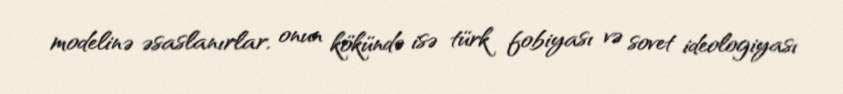
modelinə əsaslanırlar, onun kökündə isə türk fobiyası və sovet ideologiyası